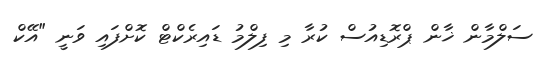
ސަލްމާން ޚާން ޕްރޮޑިއުސް ކުރާ މި ފިލްމު ޑައިރެކްޓް ކޮށްފައި ވަނީ "އޭކް